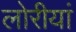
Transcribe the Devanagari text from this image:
लोरीयां